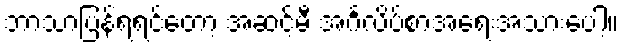
ဘာသာပြန်ရရင်တော့ အဆင့်မီ အင်္ဂလိပ်စာအရေးအသားပေါ့။